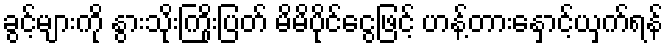
ခွင့်များကို နွားသိုးကြိုးပြတ် မိမိပိုင်ငွေဖြင့် ဟန့်တားနှောင့်ယှက်ရန်